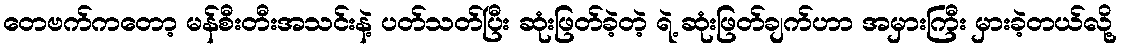
တေဗက်ကတော့ မန်စီးတီးအသင်းနဲ့ ပတ်သတ်ပြီး ဆုံးဖြတ်ခဲ့တဲ့ ရဲ့ ဆုံးဖြတ်ချက်ဟာ အမှားကြီး မှားခဲ့တယ်လို့